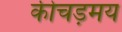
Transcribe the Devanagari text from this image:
कीचड़मय